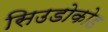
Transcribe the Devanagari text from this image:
सिउडोकोड